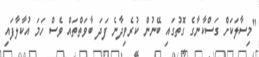
"މިސާލަކަށް ގަސްކާނާގެ ގޮތުގައި ބޭނުން ކުރެވިދާނެ ފަދަ ބާވަތްތައް ވެސް ހަމަ އުކާލާފައި